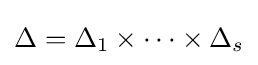
\displaystyle {\Delta =\Delta _{1}\times \cdots \times \Delta _{s}}